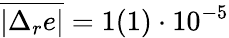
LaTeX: \overline{{|\Delta_{r}e|}}=1(1)\cdot 10^{-5}